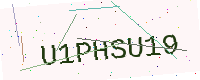
Text: U1PHSU19